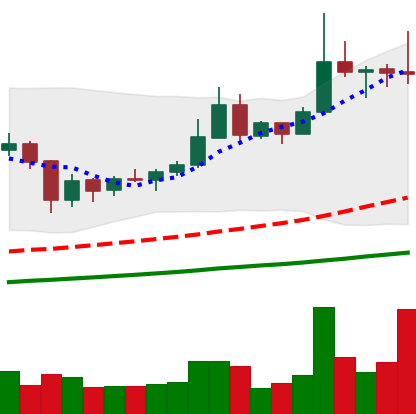
Ticker: XRP-USD
Chart end date: 2019-06-26
Forward return: -12.962%
Label: down_7plus